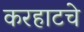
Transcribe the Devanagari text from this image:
करहाटचे